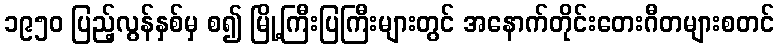
၁၉၅၀ ပြည့်လွန်နှစ်မှ စ၍ မြို့ကြီးပြကြီးများတွင် အနောက်တိုင်းတေးဂီတများစတင်